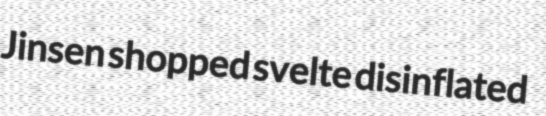
Jinsen shopped svelte disinflated